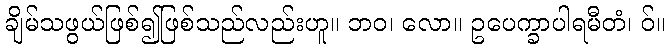
ချိမ်သဖွယ်ဖြစ်၍ဖြစ်သည်လည်းဟူ။ ဘဝ၊ လော။ ဥပေက္ခာပါရမီတံ၊ ဝ်။